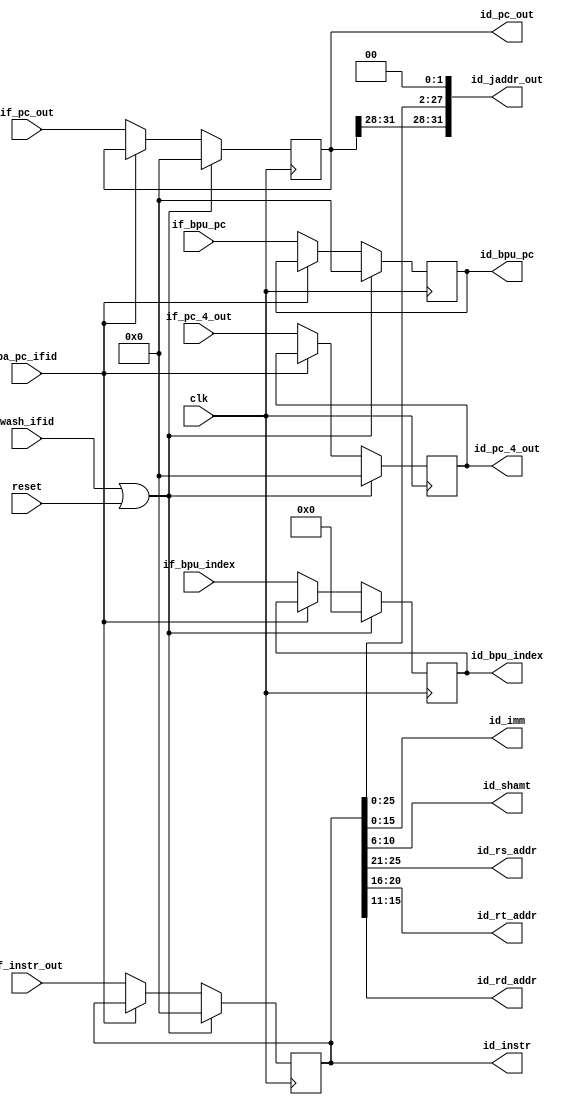
module IFID_register(
	input clk,
	input reset,
	input pa_pc_ifid,
	input wash_ifid,
	input [31:0]if_bpu_pc,
	input [4:0]if_bpu_index,
	input [31:0]if_pc_4_out,
	input [31:0]if_instr_out,
	input [31:0]if_pc_out,
	output [31:0]id_pc_4_out,
	output [31:0]id_jaddr_out,
	output [31:0]id_bpu_pc,
	output [4:0]id_bpu_index,
	output [31:0]id_instr,
	output [15:0]id_imm,
	output [31:0]id_pc_out,
	output [4:0]id_shamt,
	output [4:0]id_rs_addr,
	output [4:0]id_rt_addr,
	output [4:0]id_rd_addr
);

	reg [31:0]I_bpu_pc;
	reg [4:0] I_bpu_index;
	reg [31:0]I_pc_4_out;
	reg [31:0]I_instr_out;
	reg [31:0]I_pc_out;
	
	always @ (posedge clk) begin
		if (wash_ifid || reset) begin
			I_instr_out = 32'd0;
			I_bpu_pc = 32'd0;
			I_bpu_index = 5'd0;
			I_pc_4_out = 32'd0;
			I_pc_out = 32'd0;
		end
		else begin
			if (pa_pc_ifid == 1'b0) begin
				I_bpu_index = if_bpu_index;
				I_bpu_pc = if_bpu_pc;
				I_pc_4_out = if_pc_4_out;
				I_instr_out = if_instr_out;
				I_pc_out = if_pc_out;
			end
		end
	end
	
	assign id_pc_4_out = I_pc_4_out;
	assign id_jaddr_out = {I_pc_out[31:28],I_instr_out[25:0],2'b00};
	assign id_bpu_pc = I_bpu_pc;
	assign id_bpu_index = I_bpu_index;
	assign id_instr = I_instr_out;
	assign id_imm = I_instr_out[15:0];
	assign id_pc_out = I_pc_out;
	assign id_shamt = I_instr_out[10:6];
	assign id_rs_addr = I_instr_out[25:21];
	assign id_rt_addr = I_instr_out[20:16];
	assign id_rd_addr = I_instr_out[15:11];

endmodule